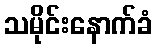
သမိုင်းနောက်ခံ